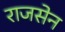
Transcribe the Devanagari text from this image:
राजसेन